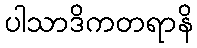
ပါသာဒိကတရာနိ